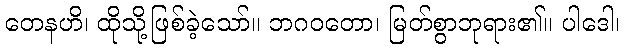
တေနဟိ၊ ထိုသို့ဖြစ်ခဲ့သော်။ ဘဂဝတော၊ မြတ်စွာဘုရား၏။ ပါဒေါ၊